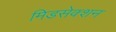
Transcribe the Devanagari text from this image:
मिडसेक्शन